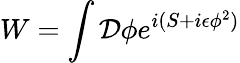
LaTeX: W=\int{\cal D}\phi e^{i(S+i\epsilon\phi^{2})}